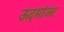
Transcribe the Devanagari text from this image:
ऊदमांजर